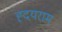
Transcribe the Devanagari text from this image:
ह्दयराम